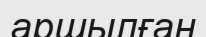
аршылған